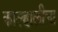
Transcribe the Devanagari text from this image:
काल्हालीचा